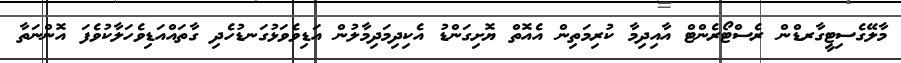
މާލޭގެސިޓީގާރޑްން ރެސްޓޯރެންޓް އާއިދިމާ ކުރިމަތިން އެއޮތް ޔޮށިގަންޑު އެކިދިމަދިމާލުން އަޑިވެވަޅުގަނޑުހެދި ގާތައްއަޑިވެހަލާކުވެފަ އޮންނަތާ